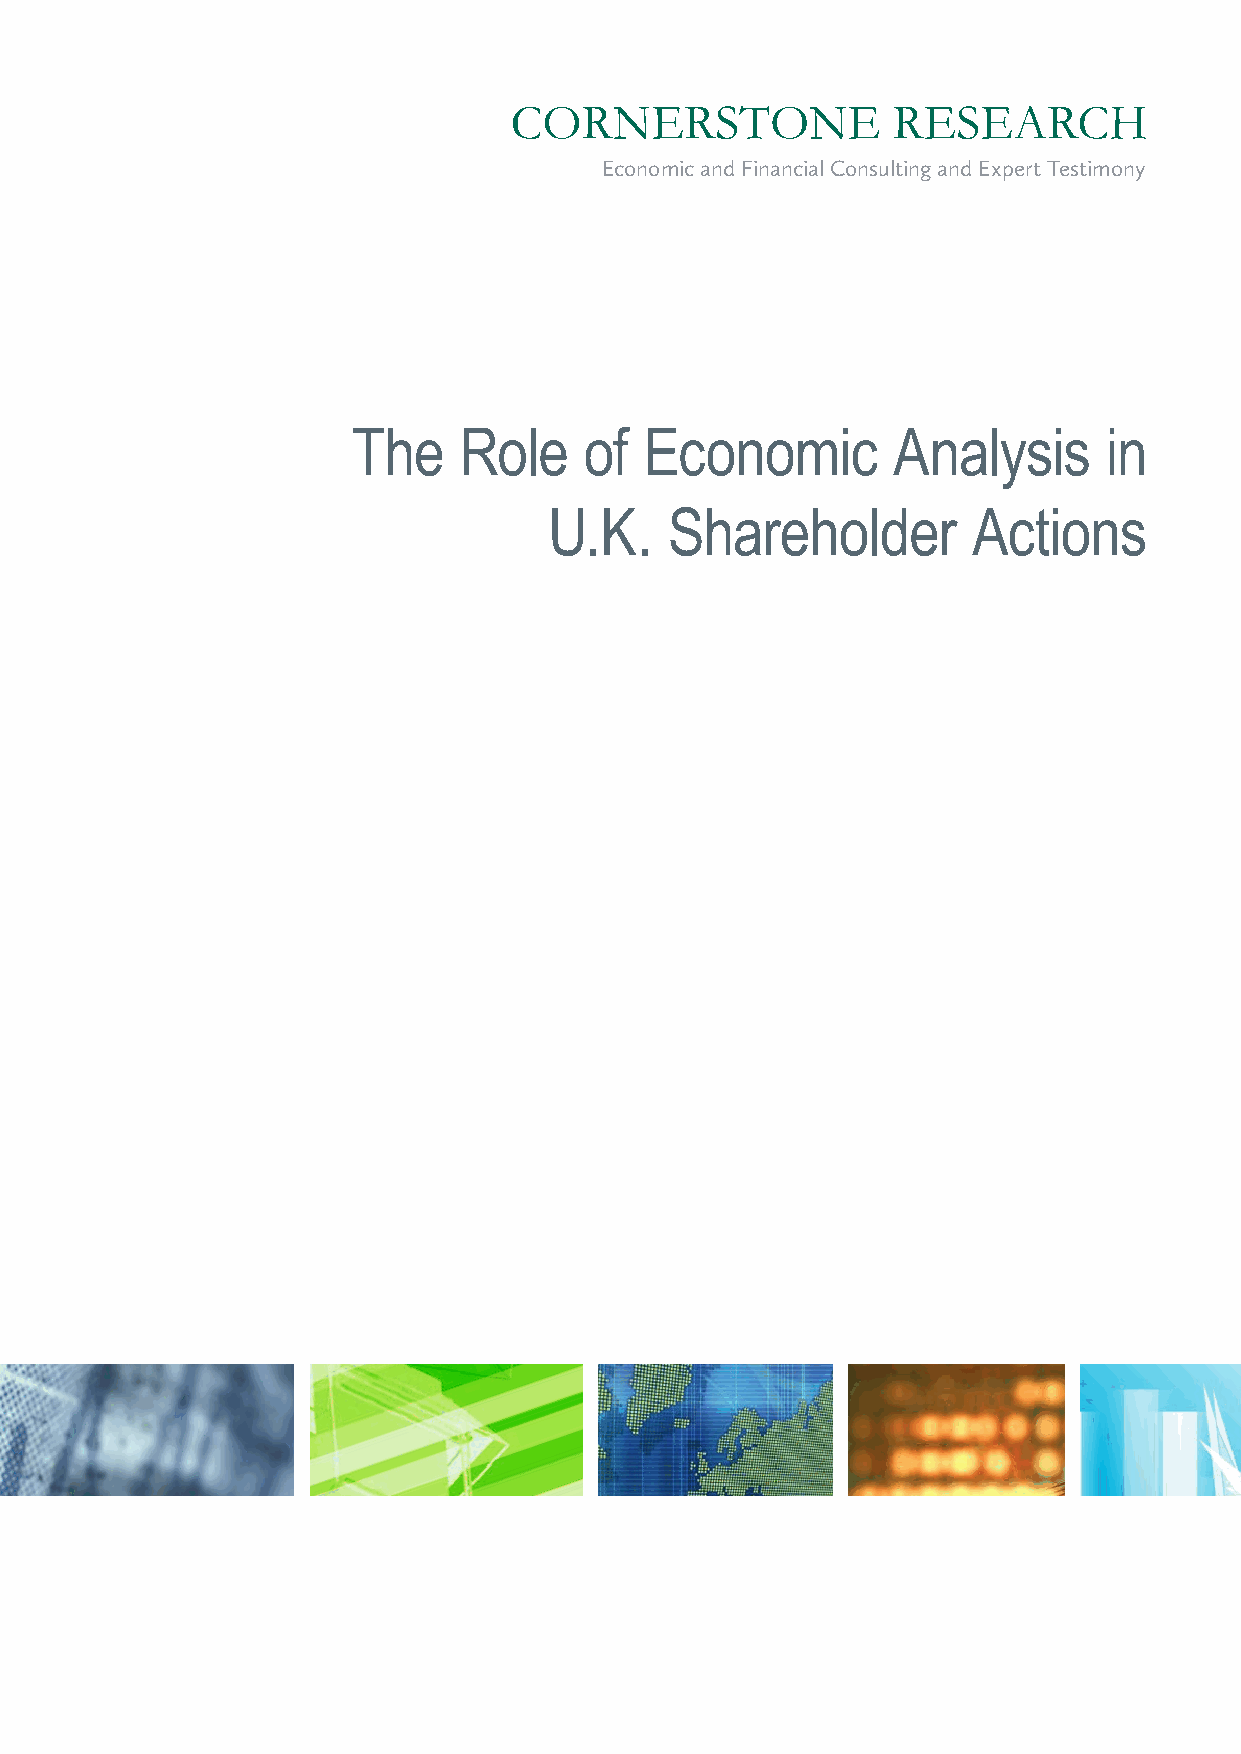
CORNERSTONE              RESEARCH
 Economic and Financial Consulting and Expert Testimony
 The    Role     of  Economic        Analysis      in
 U.K.    Shareholder         Actions